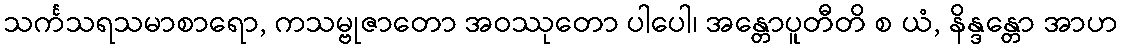
သင်္ကသရသမာစာရော, ကသမ္ဗုဇာတော အဝဿုတော ပါပေါ၊ အန္တောပူတီတိ စ ယံ, နိန္ဒန္တော အာဟ